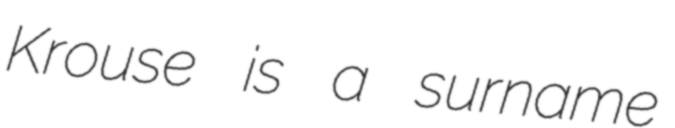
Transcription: Krouse is a surname